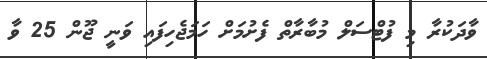
ވާދަކުރާ މި ފުޓްސަލް މުބާރާތް ފެށުމަށް ހަމަޖެހިފައި ވަނީ ޖޫން 25 ވާ